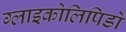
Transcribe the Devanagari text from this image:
ग्लाइकोलिपिडों